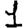
Digit: 1